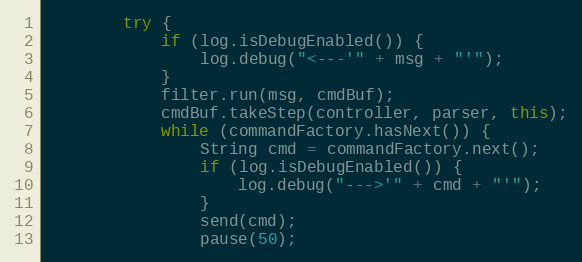
Language: Java
        try {
            if (log.isDebugEnabled()) {
                log.debug("<---'" + msg + "'");
            }
            filter.run(msg, cmdBuf);
            cmdBuf.takeStep(controller, parser, this);
            while (commandFactory.hasNext()) {
                String cmd = commandFactory.next();
                if (log.isDebugEnabled()) {
                    log.debug("--->'" + cmd + "'");
                }
                send(cmd);
                pause(50);